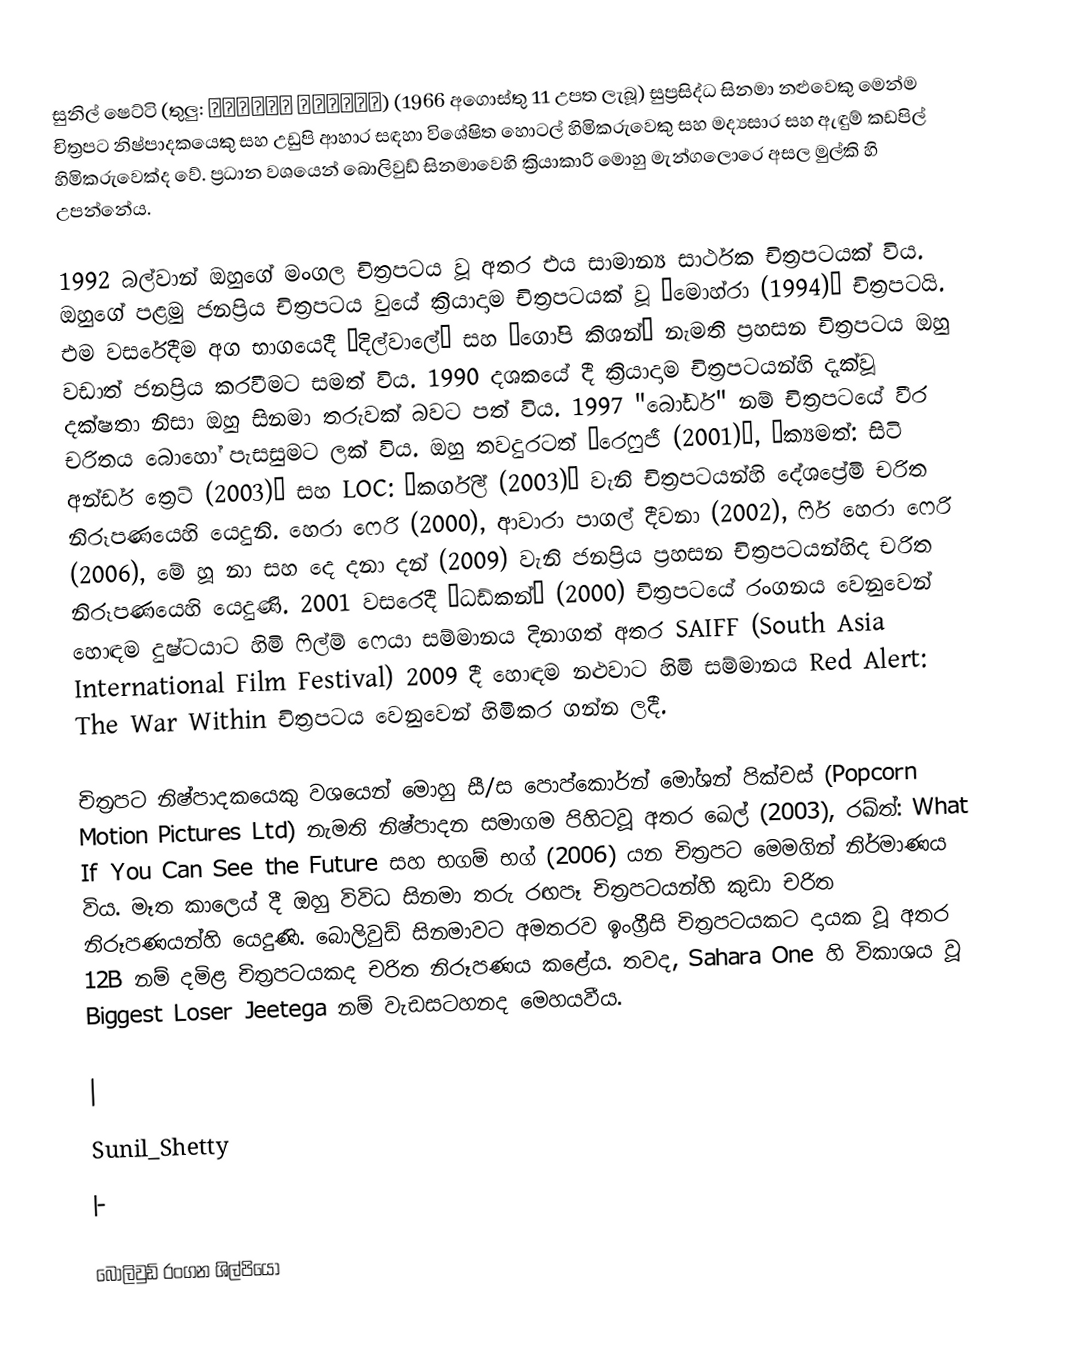
සුනිල් ෂෙට්ටි (තුලු: ಸುನಿಲ್ ಶೆಟ್ಟಿ) (1966 අගොස්තු 11 උපත ලැබූ) සුප්‍රසිද්ධ සිනමා නළුවෙකු මෙන්ම චිත්‍රපට නිෂ්පාදකයෙකු සහ උඩුපි ආහාර සඳහා විශේෂිත හොටල් හිමිකරුවෙකු සහ මද්‍යසාර සහ ඇඳුම් කඩපිල් හිමිකරුවෙක්ද වේ. ප්‍රධාන වශයෙන් බොලිවුඩ් සිනමාවෙහි ක්‍රියාකාරි මොහු මැන්ගලොරෙ අසල මුල්කි හි උපන්නේය.

1992 බල්වාන් ඔහුගේ මංගල චිත්‍රපටය වූ අතර එය සාමාන්‍ය සාර්ථක චිත්‍රපටයක් විය. ඔහුගේ පළමු ජනප්‍රිය චිත්‍රපටය වුයේ ක්‍රියාදාම චිත්‍රපටයක් වූ “මොහ්රා (1994)” චිත්‍රපටයි. එම වසරේදීම අග භාගයෙදී “දිල්වාලේ” සහ “ගෝපි කිශන්” නැමති ප්‍රහසන චිත්‍රපටය ඔහු වඩාත් ජනප්‍රිය කරවීමට සමත් විය. 1990 දශකයේ දී ක්‍රියාදාම චිත්‍රපටයන්හි දැක්වූ දක්ෂතා නිසා ඔහු සිනමා තරුවක් බවට පත් විය. 1997 "බෝඩර්" නම් චිත්‍රපටයේ වීර චරිතය බොහෝ පැසසුමට ලක් විය.  ඔහු තවදුරටත් “රෙෆුජී (2001)”, “ක්‍යමත්: සිටි අන්ඩර් ත්‍රෙට් (2003)” සහ LOC: “කර්ගිල් (2003)” වැනි චිත්‍රපටයන්හි දේශප්‍රේමි චරිත නිරූපණයෙහි යෙදුනි. හෙරා ෆෙරි (2000), ආවාරා පාගල් දීවනා (2002), ෆිර් හෙරා ෆෙරි (2006), මේ හූ නා සහ දෙ දනා දන් (2009) වැනි ජනප්‍රිය ප්‍රහසන චිත්‍රපටයන්හිද චරිත නිරූපණයෙහි යෙදුණි. 2001 වසරෙදී “ධඩ්කන්” (2000) චිත්‍රපටයේ රංගනය වෙනුවෙන් හොඳම දුෂ්ටයාට හිමි ෆිල්ම් ෆෙයා සම්මානය දිනාගත් අතර SAIFF (South Asia International Film Festival) 2009 දී හොඳම නළුවාට හිමි සම්මානය  Red Alert: The War Within චිත්‍රපටය වෙනුවෙන් හිමිකර ගන්න ලදී.

චිත්‍රපට නිෂ්පාදකයෙකු වශයෙන් මොහු සී/ස පොප්කොර්න් මෝශන් පික්චස් (Popcorn Motion Pictures Ltd) නැමති නිෂ්පාදන සමාගම පිහිටවූ අතර ඛෙල් (2003), රඛ්ත්: What If You Can See the Future සහ භගම් භග් (2006) යන චිත්‍රපට මෙමගින් නිර්මාණය විය. මෑත කාලෙය් දී ඔහු විවිධ සිනමා තරු රඟපෑ චිත්‍රපටයන්හි කුඩා චරිත නිරූපණයන්හි යෙදුණි. බොලිවුඩ් සිනමාවට අමතරව ඉංග්‍රීසි චිත්‍රපටයකට දායක වූ අතර 12B නම් දමිළ චිත්‍රපටයකද චරිත නිරූපණය කළේය. තවද, Sahara One හි විකාශය වූ Biggest Loser Jeetega නම් වැඩසටහනද මෙහයවීය.

|
Sunil_Shetty
|-

බොලිවුඩ් රංගන ශිල්පියෝ